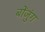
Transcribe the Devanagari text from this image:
बोंजुंग